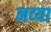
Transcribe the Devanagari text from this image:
नव्‍या